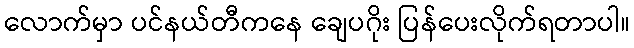
လောက်မှာ ပင်နယ်တီကနေ ချေပဂိုး ပြန်ပေးလိုက်ရတာပါ။